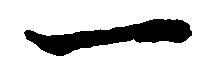
一